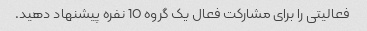
فعالیتی را برای مشارکت فعال یک گروه 10 نفره پیشنهاد دهید.